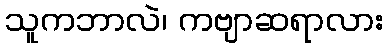
သူကဘာလဲ၊ ကဗျာဆရာလား